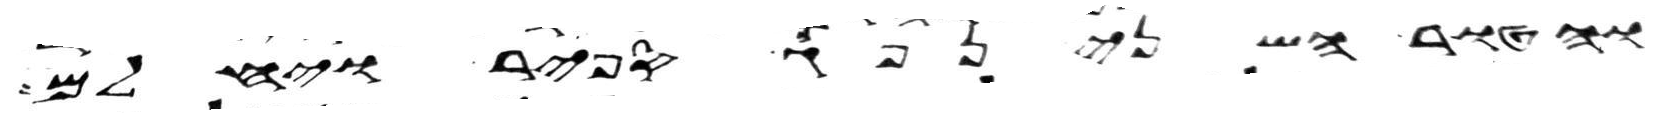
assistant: והטור השני נפך ספיר ויחלם